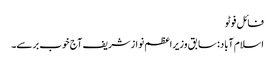
فائل فوٹو
اسلام آباد: سابق وزیراعظم نوازشریف آج خوب برسے۔